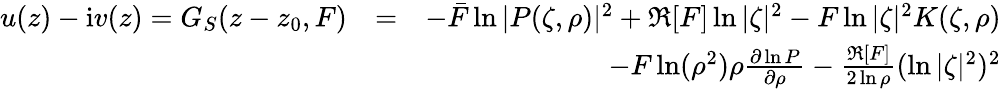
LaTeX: \begin{array}{rlr}{u(z)-\mathrm{i}v(z)=G_{S}(z-z_{0},F)}&{=}&{-\bar{F}\ln|P(\zeta,\rho)|^{2}+\Re[F]\ln|\zeta|^{2}-F\ln|\zeta|^{2}K(\zeta,\rho)}\\ &{}&{-F\ln(\rho^{2})\rho\frac{\partial\ln P}{\partial\rho}-\frac{\Re[F]}{2\ln\rho}(\ln|\zeta|^{2})^{2}}\end{array}